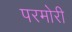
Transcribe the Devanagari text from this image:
परमोरी